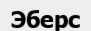
Эберс